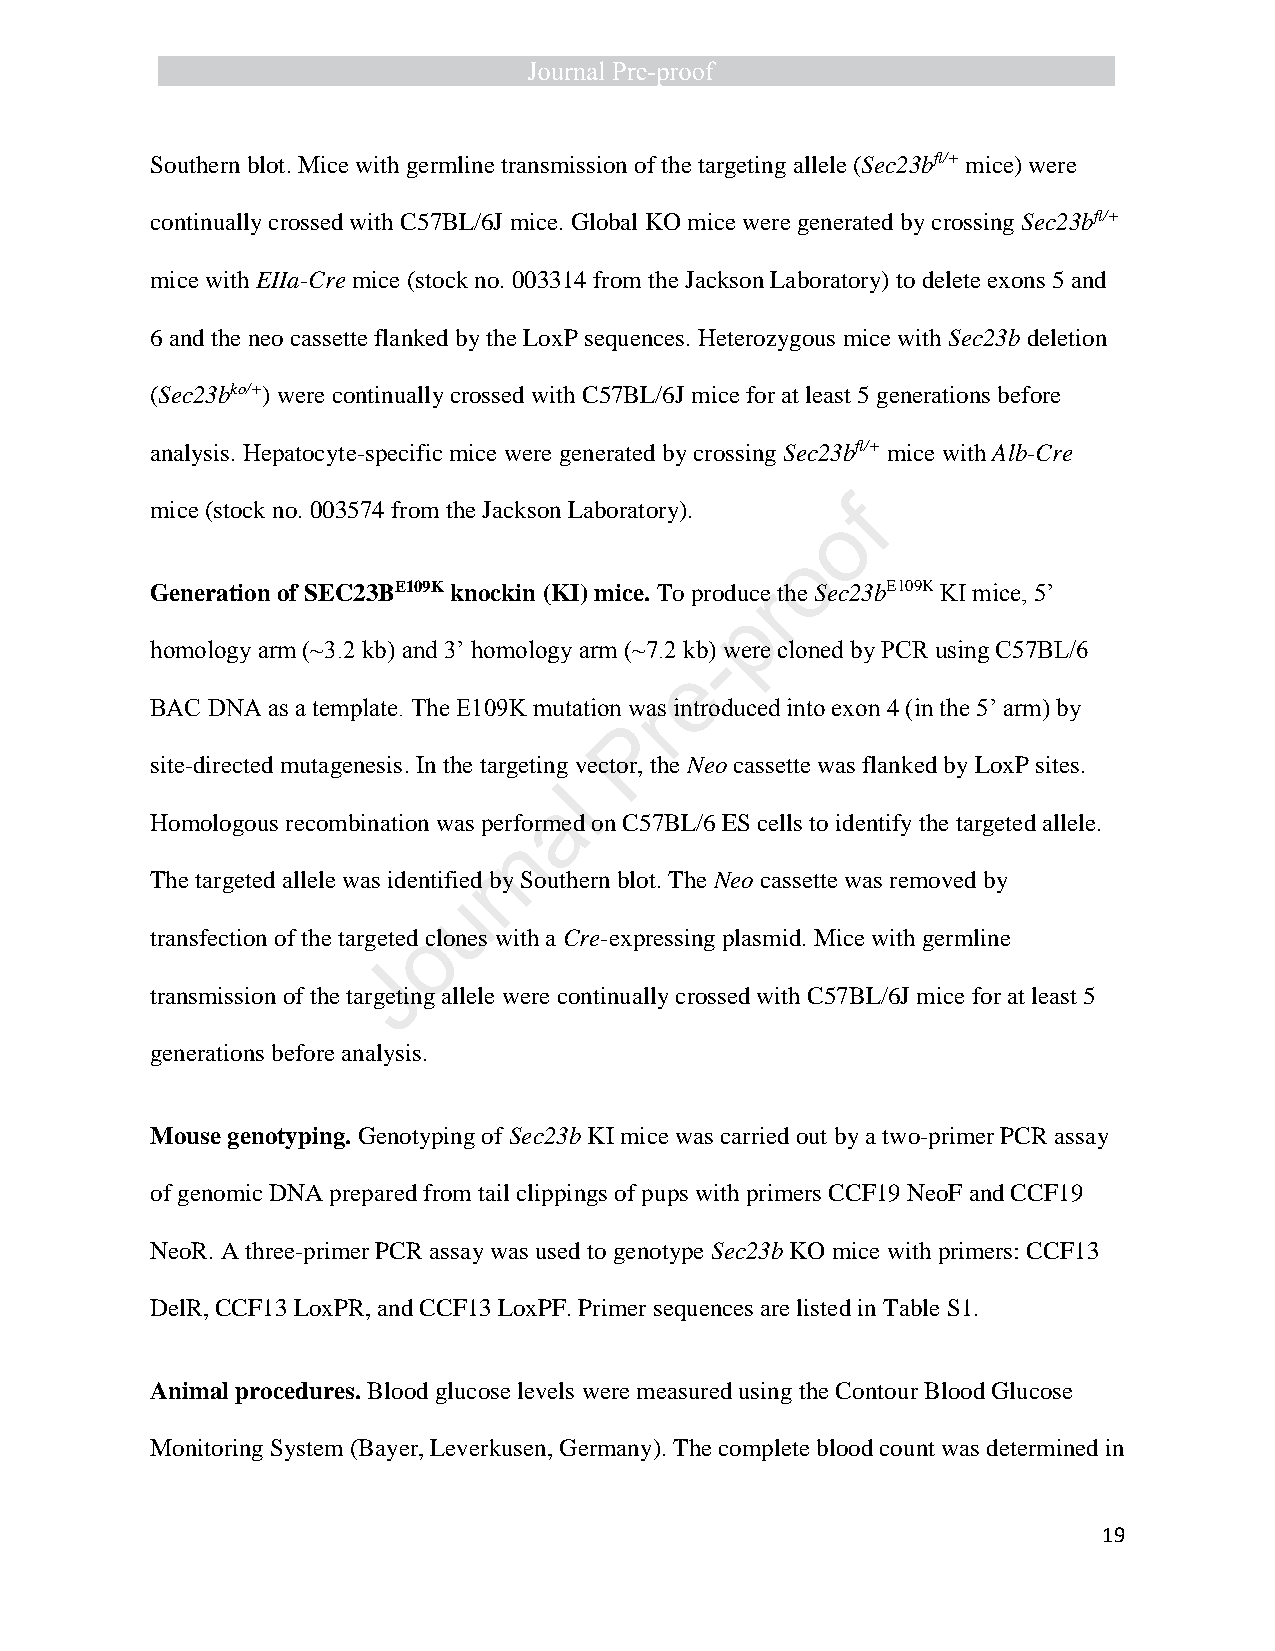
Southern blot. Mice with germline transmission of the targeting allele (Sec23bfl/+ mice) were
 continually crossed with C57BL/6J mice. Global KO mice were generated by crossing Sec23bfl/+
 mice with EIIa-Cre mice (stock no. 003314 from the Jackson Laboratory) to delete exons 5 and
 6 and the neo cassette flanked by the LoxP sequences. Heterozygous mice with Sec23b deletion
 (Sec23bko/+) were continually crossed with C57BL/6J mice for at least 5 generations before
 analysis. Hepatocyte-specific mice were generated by crossing Sec23bfl/+ mice with Alb-Cre
 mice (stock no. 003574 from the Jackson Laboratory). f
 o
 o
 Generation of SEC23BE109K knockin (KI) mice. To producer the Sec23bE109K KI mice, 5’
 p
 homology arm (~3.2 kb) and 3’ homology arm (~7.2 kb-) were cloned by PCR using C57BL/6
 e
 BAC DNA as a template. The E109K mutation wars introduced into exon 4 (in the 5’ arm) by
 P
 site-directed mutagenesis. In the targeting vector, the Neo cassette was flanked by LoxP sites.
 l
 a
 Homologous recombination was performed on C57BL/6 ES cells to identify the targeted allele.
 n
 The targeted allele was identifiedr by Southern blot. The Neo cassette was removed by
 u
 transfection of the targeted oclones with a Cre-expressing plasmid. Mice with germline
 J
 transmission of the targeting allele were continually crossed with C57BL/6J mice for at least 5
 generations before analysis.
 Mouse genotyping. Genotyping of Sec23b KI mice was carried out by a two-primer PCR assay
 of genomic DNA prepared from tail clippings of pups with primers CCF19 NeoF and CCF19
 NeoR. A three-primer PCR assay was used to genotype Sec23b KO mice with primers: CCF13
 DelR, CCF13 LoxPR, and CCF13 LoxPF. Primer sequences are listed in Table S1.
 Animal procedures. Blood glucose levels were measured using the Contour Blood Glucose
 Monitoring System (Bayer, Leverkusen, Germany). The complete blood count was determined in
 19